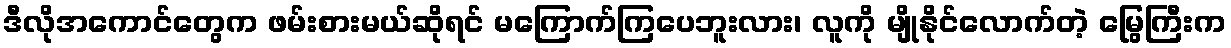
ဒီလိုအကောင်တွေက ဖမ်းစားမယ်ဆိုရင် မကြောက်ကြပေဘူးလား၊ လူကို မျိုနိုင်လောက်တဲ့ မြွေကြီးက